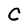
Character: C